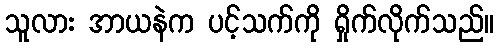
သူလား အာယနဲက ပင့်သက်ကို ရှိုက်လိုက်သည်။